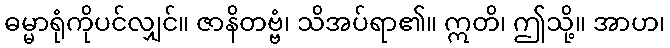
ဓမ္မာရုံကိုပင်လျှင်။ ဇာနိတဗ္ဗံ၊ သိအပ်ရာ၏။ ဣတိ၊ ဤသို့။ အာဟ၊